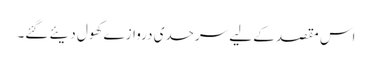
اس مقصد کے لیے سرحدی دروازے کھول دیئے گئے۔